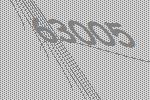
63005